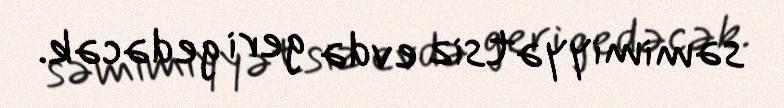
səmimiyyətsiz evdə geri gedəcək.